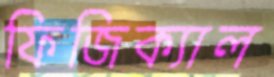
ফিজিক্যাল